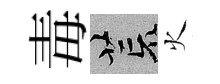
毒荒火